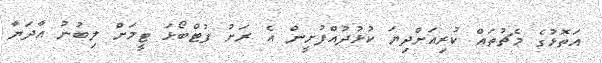
އަތޮޅުގެ މެޗުތައް ކުރިއަށްދިޔަ ކުޅުދުއްފުށީން އެ ރަށު ފުޓްބޯޅަ ޓީމަށް ލިބުނު އާދަޔާ